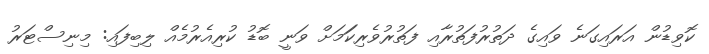
ކޮވިޑުން އަރައިގަނެ ވައިގެ ދަތުރުފަތުރާއި ފަތުރުވެރިކަަމަށް ވަނީ ބޮޑު ކުރިއެރުމެއް ލިބިފައި: މިނިސްޓަރު